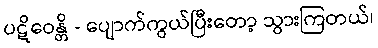
ပဋိဝေန္တိ - ပျောက်ကွယ်ပြီးတော့ သွားကြတယ်၊